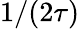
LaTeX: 1/(2\tau)